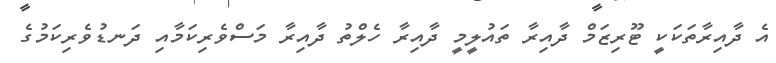
އެ ދާއިރާތަކަކީ ޓޫރިޒަމް ދާއިރާ ތައުލީމީ ދާއިރާ ހެލްތު ދާއިރާ މަސްވެރިކަމާއި ދަނޑުވެރިކަމުގެ